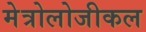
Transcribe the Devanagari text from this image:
मेत्रोलोजीकल